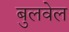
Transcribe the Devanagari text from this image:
बुलवेल